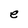
Character: e